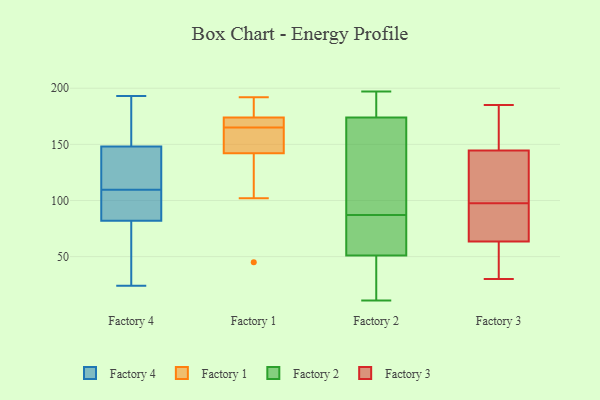
{"axis": {"x": "Inventory Turnover", "y": "Value"}, "legend": ["Factory 1", "Factory 2", "Factory 3", "Factory 4"], "data": [{"x": "", "y": 124, "type": "Factory 4"}, {"x": "", "y": 85, "type": "Factory 4"}, {"x": "", "y": 51, "type": "Factory 4"}, {"x": "", "y": 75, "type": "Factory 4"}, {"x": "", "y": 24, "type": "Factory 4"}, {"x": "", "y": 104, "type": "Factory 4"}, {"x": "", "y": 185, "type": "Factory 4"}, {"x": "", "y": 118, "type": "Factory 4"}, {"x": "", "y": 150, "type": "Factory 4"}, {"x": "", "y": 115, "type": "Factory 4"}, {"x": "", "y": 99, "type": "Factory 4"}, {"x": "", "y": 193, "type": "Factory 4"}, {"x": "", "y": 148, "type": "Factory 4"}, {"x": "", "y": 53, "type": "Factory 4"}, {"x": "", "y": 142, "type": "Factory 4"}, {"x": "", "y": 100, "type": "Factory 4"}, {"x": "", "y": 82, "type": "Factory 4"}, {"x": "", "y": 156, "type": "Factory 4"}, {"x": "", "y": 171, "type": "Factory 1"}, {"x": "", "y": 102, "type": "Factory 1"}, {"x": "", "y": 163, "type": "Factory 1"}, {"x": "", "y": 192, "type": "Factory 1"}, {"x": "", "y": 175, "type": "Factory 1"}, {"x": "", "y": 139, "type": "Factory 1"}, {"x": "", "y": 181, "type": "Factory 1"}, {"x": "", "y": 45, "type": "Factory 1"}, {"x": "", "y": 162, "type": "Factory 1"}, {"x": "", "y": 173, "type": "Factory 1"}, {"x": "", "y": 145, "type": "Factory 1"}, {"x": "", "y": 167, "type": "Factory 1"}, {"x": "", "y": 168, "type": "Factory 2"}, {"x": "", "y": 174, "type": "Factory 2"}, {"x": "", "y": 80, "type": "Factory 2"}, {"x": "", "y": 11, "type": "Factory 2"}, {"x": "", "y": 193, "type": "Factory 2"}, {"x": "", "y": 166, "type": "Factory 2"}, {"x": "", "y": 179, "type": "Factory 2"}, {"x": "", "y": 197, "type": "Factory 2"}, {"x": "", "y": 86, "type": "Factory 2"}, {"x": "", "y": 62, "type": "Factory 2"}, {"x": "", "y": 185, "type": "Factory 2"}, {"x": "", "y": 17, "type": "Factory 2"}, {"x": "", "y": 88, "type": "Factory 2"}, {"x": "", "y": 51, "type": "Factory 2"}, {"x": "", "y": 51, "type": "Factory 2"}, {"x": "", "y": 60, "type": "Factory 2"}, {"x": "", "y": 39, "type": "Factory 2"}, {"x": "", "y": 101, "type": "Factory 2"}, {"x": "", "y": 157, "type": "Factory 3"}, {"x": "", "y": 56, "type": "Factory 3"}, {"x": "", "y": 167, "type": "Factory 3"}, {"x": "", "y": 112, "type": "Factory 3"}, {"x": "", "y": 30, "type": "Factory 3"}, {"x": "", "y": 91, "type": "Factory 3"}, {"x": "", "y": 90, "type": "Factory 3"}, {"x": "", "y": 136, "type": "Factory 3"}, {"x": "", "y": 60, "type": "Factory 3"}, {"x": "", "y": 117, "type": "Factory 3"}, {"x": "", "y": 166, "type": "Factory 3"}, {"x": "", "y": 96, "type": "Factory 3"}, {"x": "", "y": 67, "type": "Factory 3"}, {"x": "", "y": 91, "type": "Factory 3"}, {"x": "", "y": 153, "type": "Factory 3"}, {"x": "", "y": 101, "type": "Factory 3"}, {"x": "", "y": 185, "type": "Factory 3"}, {"x": "", "y": 55, "type": "Factory 3"}, {"x": "", "y": 99, "type": "Factory 3"}, {"x": "", "y": 44, "type": "Factory 3"}]}